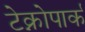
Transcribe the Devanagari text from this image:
टेक्नोपार्क